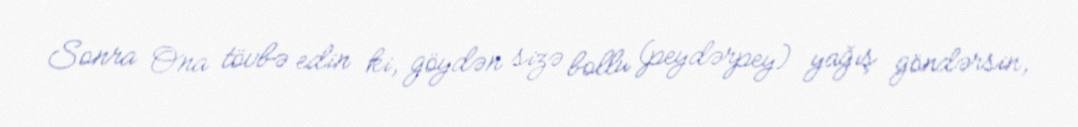
Sonra Ona tövbə edin ki, göydən sizə bollu (peydərpey) yağış göndərsin,